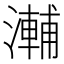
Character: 𭲽